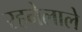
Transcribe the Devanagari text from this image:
रहनेलाले